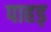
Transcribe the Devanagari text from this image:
पाहड़